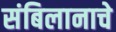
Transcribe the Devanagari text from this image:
संबिलानाचे